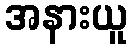
အနားယူ